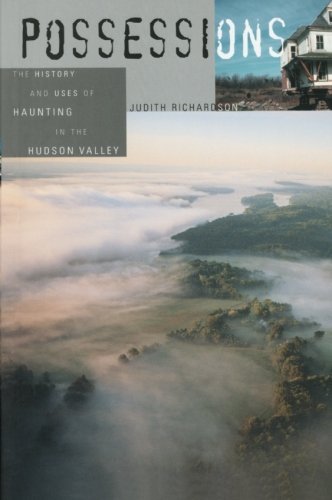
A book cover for Possessions: The History and Uses of Haunting in the Hudson Valley; Judith Richardson; Mystery, Thriller & Suspense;